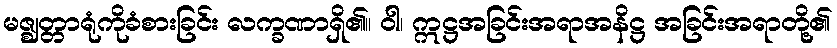
မဇ္ဈတ္တာရုံကိုခံစားခြင်း လက္ခဏာရှိ၏။ ဝါ၊ ဣဋ္ဌအခြင်းအရာအနိဋ္ဌ အခြင်းအရာတို့၏